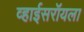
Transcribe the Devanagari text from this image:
व्हाईसरॉयला